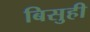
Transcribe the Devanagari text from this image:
बिसुही